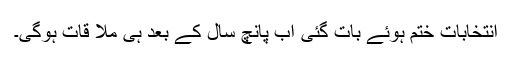
انتخابات ختم ہوئے بات گئی اب پانچ سال کے بعد ہی ملا قات ہوگی۔